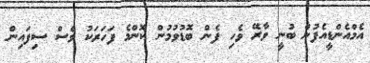
އެމްއެންޑީއެފުން ބުނީ ވާރޭ ވެހި ފެން ބޮޑުވުމުން ކޮންމެ ފަހަރަކު ވެސް ސިފައިން